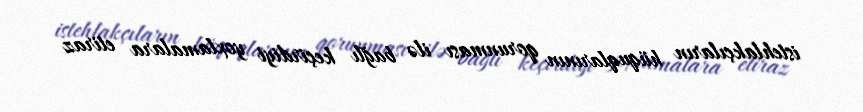
istehlakçıların hüquqlarının qorunması ilə bağlı keçirdiyi yoxlamalara etiraz